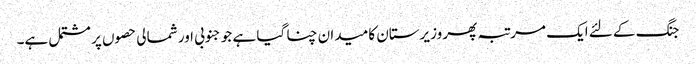
جنگ کے لئے ایک مرتبہ پھر وزیرستان کا میدان چنا گیا ہے جو جنوبی اور شمالی حصوں پر مشتمل ہے۔